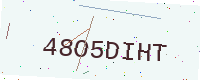
Text: 48O5DIHT